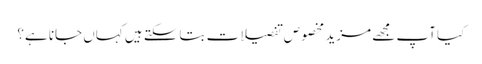
کیا آپ مجھے مزید مخصوص تفصیلات بتاسکتے ہیں کہاں جانا ہے؟